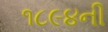
૧૮૯૪ની